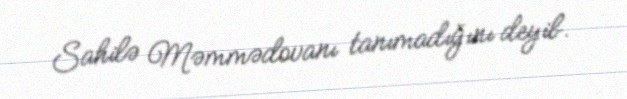
Sahilə Məmmədovanı tanımadığını deyib.